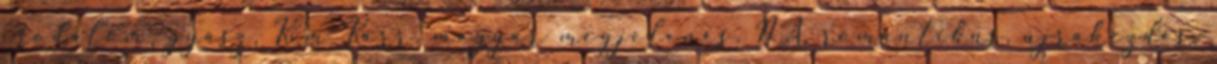
irodalom, gyász, Kim Karr, magyar megjelenés, NA, romantikus, újrakezdés,